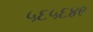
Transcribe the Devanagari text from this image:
५६५६४९